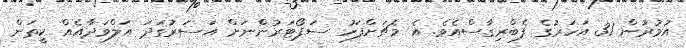
އުމުރުން 31 އަހަރުގެ ފެބްރިގާސްއެވެ. އެ މެޗަށްފަހު ސަޕޯޓަރުންނަށް އަސަރުގަދަ އަލްވަދާއެއް ކީތަން